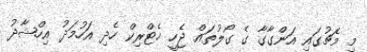
މި މެޗުގައި އަންގާގާ ގެ ގޯލުތައް ޖެހީ ހެޓްރިކް ހެދި އަހުމަދު އިހްޝާދު